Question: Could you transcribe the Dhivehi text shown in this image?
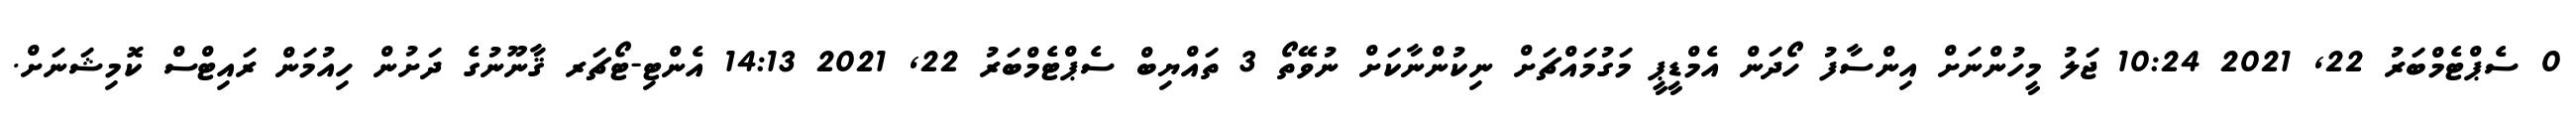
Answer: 0 ސެޕްޓެމްބަރު 22, 2021 10:24 ޖަލު މީހުންނަށް އިންސާފު ހޯދަން އެމްޑީޕީ މަގުމައްޗަށް ނިކުންނާކަށް ނުވޭތޯ 3 ތައްޔިބް ސެޕްޓެމްބަރު 22, 2021 14:13 އެންޓި-ޓޯޗަރ ޤާނޫނުގެ ދަށުން ހިއުމަން ރައިޓްސް ކޮމިޝަނަށް.